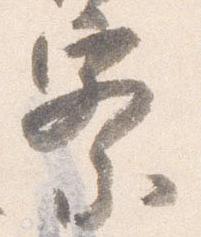
察